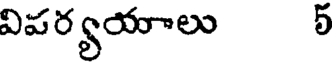
విపర్యయాలు 5